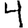
Digit: 4